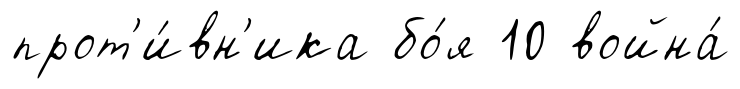
прот'и́вн'ика бо́я 10 война́